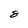
Character: 8